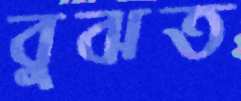
বুঝত